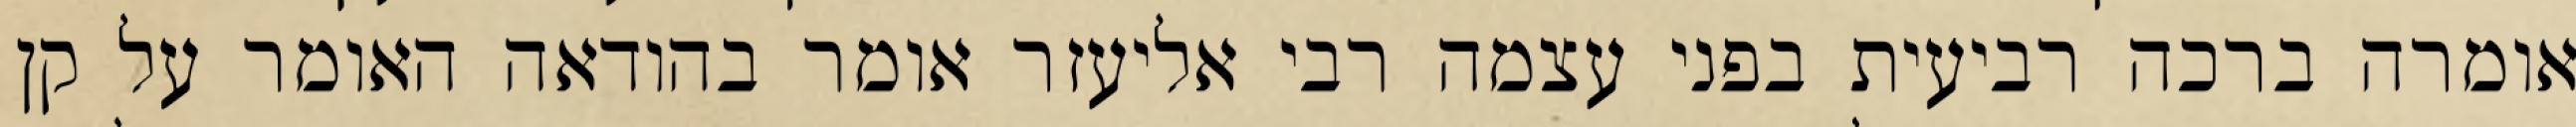
אומרה ברכה רביעית בפני עצמה רבי אליעזר אומר בהודאה האומר על קן